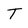
Character: T